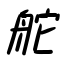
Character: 舵